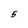
Character: 5